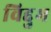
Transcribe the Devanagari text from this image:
विद्दुभ